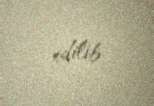
edilib.